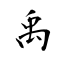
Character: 禹